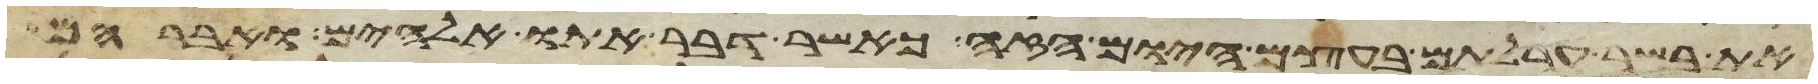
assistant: את בשר ערלתם בעצם היום הזה כאשר דבר אתו אלהים ואברהם